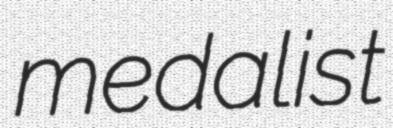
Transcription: medalist